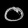
Digit: ၀